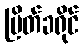
မြိတ်ခရိုင်